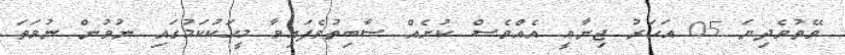
ވޭތުވެދިޔަ 05 އަހަރު ޖިނާޢީ އެއްވެސް ކުށެއް ސާބިތުވެފައިވާ މީހަކުކަމުގައި ނުވުން ނުވަތަ